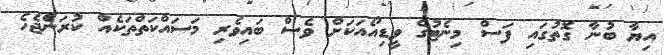
އިޔާ ބުނާ ގޮތުގައި ފަސް މިނެޓުގެ ވީޑިއޯއަކަށް ވެސް ބައިވެރި މަސައްކަތްތަކެއް ކުރަންެޖެެހެ